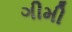
ગીમી